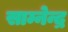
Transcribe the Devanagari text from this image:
साम्नेन्द्र